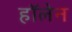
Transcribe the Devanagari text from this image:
हॉलेन